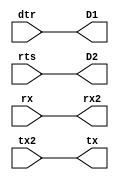
//-----------------------------------------------------------------------------
//-- Pruebas de conexionado del puerto serie
//-- Las seales dtr y rts se cablean a los leds
//-- La seal Rx y Tx se sacan por los pines de la FPGA para unirlos con un 
//-- cable exterior
//------------------------------------------------------------------------------
module echowire2(input wire dtr,
                 input wire rts,
                 input wire rx,
                 input wire tx2,
                 output wire tx,
                 output wire rx2,
                 output wire D1,
                 output wire D2);

//-- Sacar senal dtr y rts por los leds
assign D1 = dtr;
assign D2 = rts;

//-- Sacar seales tx y rx al exterior
assign rx2 = rx;
assign tx = tx2;

endmodule